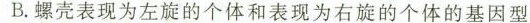
B.螺壳表现为左旋的个体和表现为右旋的个体的基因型